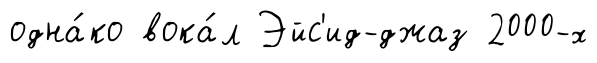
одна́ко вока́л Эйс'ид-джаз 2000-х